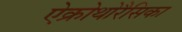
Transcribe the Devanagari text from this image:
ऐक्रोथोरैसिका